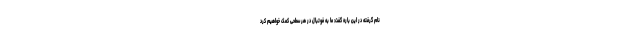
نام گرفته در این باره گفت: ما به فوتبال در هر سطحی کمک خواهیم کرد